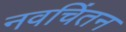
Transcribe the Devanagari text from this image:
नवचिंतन